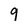
Character: 9